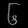
Digit: ၆